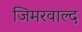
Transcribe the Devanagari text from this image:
जिमरवाल्द